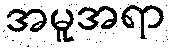
အမူအရာ